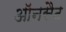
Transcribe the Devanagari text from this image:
ऑनसैट